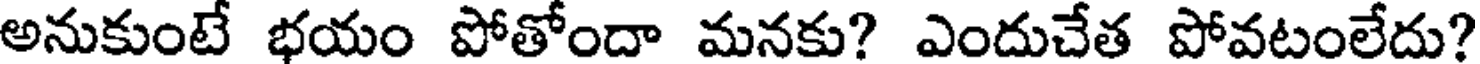
అనుకుంటే భయం పోతోందా మనకు? ఎందుచేత పోవటంలేదు?